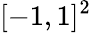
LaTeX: [-1,1]^{2}